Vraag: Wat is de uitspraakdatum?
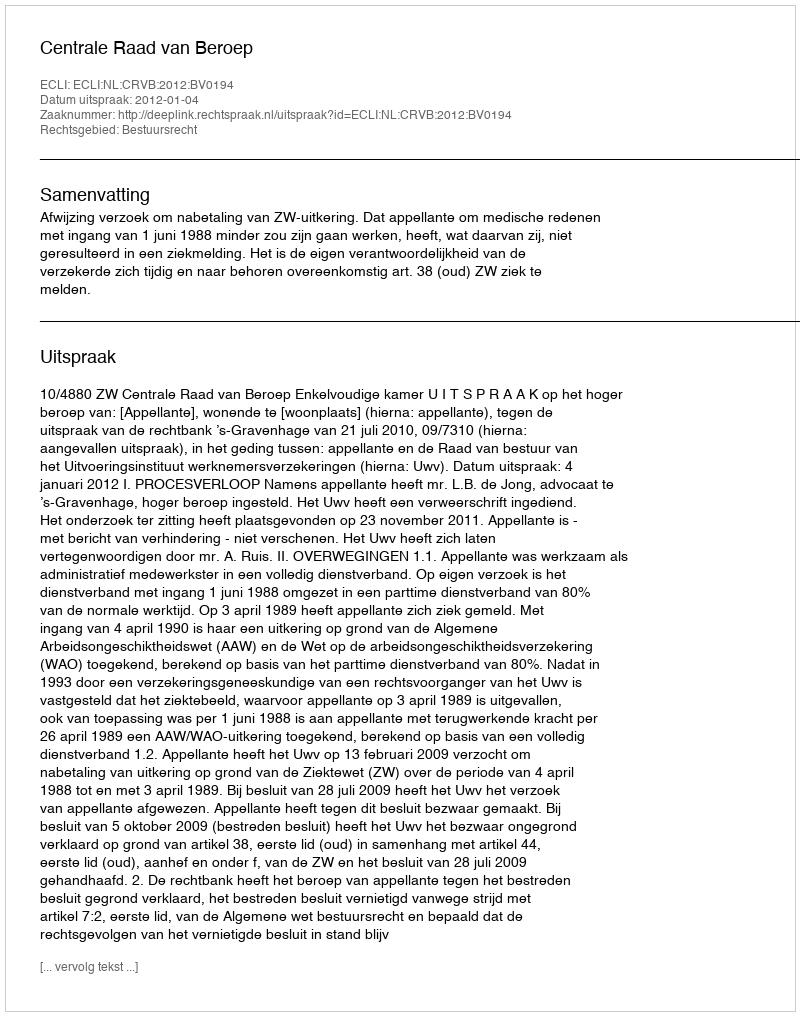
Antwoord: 2012-01-04